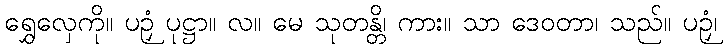
ရွှေလှေကို။ ပဉှံ ပုဋ္ဌာ။ လ။ မေ သုတန္တိ၊ ကား။ သာ ဒေဝတာ၊ သည်။ ပဉှံ၊